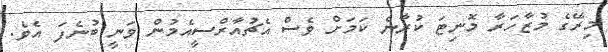
މިރޭގެ މުޒާހަރާ މޮނިޓަ ކުރާނެ ކަމަށް ވެސް އެޗުއާރްސީއެމުން ވަނީ ބުނެފަ އެވެ.